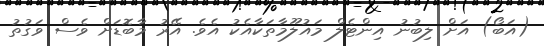
(އަބޯ) އަށް ލިބުނު އިންޓެލް މައުލޫމާތަކާއެކު އެވެ. އޭރު މާބޮޑަށް ވެސް ވަގުތު